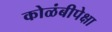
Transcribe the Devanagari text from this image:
कोळंबीपेक्षा